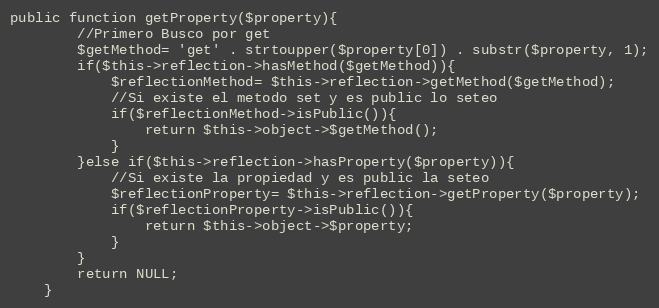
Language: PHP
public function getProperty($property){
        //Primero Busco por get
        $getMethod= 'get' . strtoupper($property[0]) . substr($property, 1);
        if($this->reflection->hasMethod($getMethod)){
            $reflectionMethod= $this->reflection->getMethod($getMethod);
            //Si existe el metodo set y es public lo seteo
            if($reflectionMethod->isPublic()){
                return $this->object->$getMethod();
            }
        }else if($this->reflection->hasProperty($property)){
            //Si existe la propiedad y es public la seteo
            $reflectionProperty= $this->reflection->getProperty($property);
            if($reflectionProperty->isPublic()){
                return $this->object->$property;
            }
        }
        return NULL;
    }